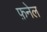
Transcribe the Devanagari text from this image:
फ़नेल